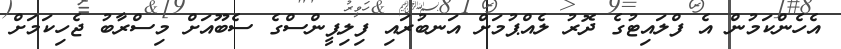
އެހެންކަމުން އެ ފްލައިޓުގެ ދޮރު ލެއްޕުމަށް އަނބުރައި ފިލިޕީންސްގެ ސެބޫއަށް މިސްރާބު ޖެހިކަމަށް